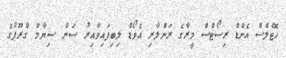
ހޮޓެލްސް އެންޑް ރިސޯޓްސް މީރާގެ ރަންލާރި އެވޯޑް ލިބިފައިވާއިރު ސަން ސިޔާމް ގްރޫޕުގެ